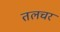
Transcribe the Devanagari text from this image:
तलचर